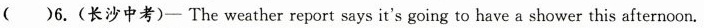
（ ）6.(长沙中考)- The weather report says it's going to have a shower this afternoon.